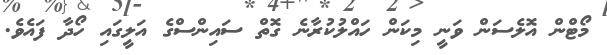
މޯޓްން އޮލެސަން ވަނީ މިކަން ހައްލުކުރާނެ ގޮތް ސައިންސްގެ އަލީގައި ހޯދާ ފައެވެ.